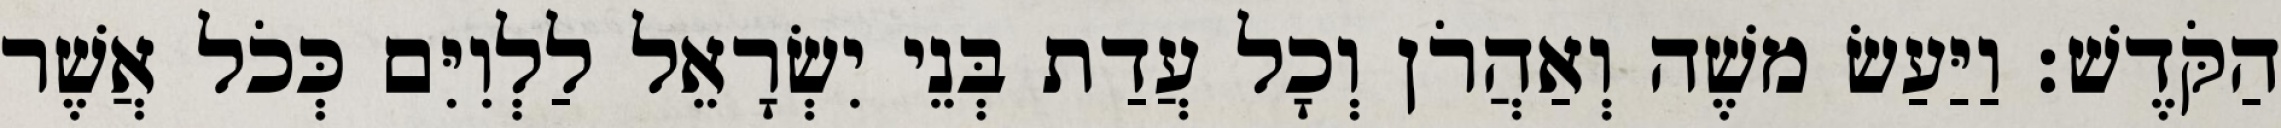
הַקֹּדֶשׁ׃ וַיַּעַשׂ משֶׁה וְאַהֲרֹן וְכָל עֲדַת בְּנֵי יִשְׂרָאֵל לַלְוִיִּם כְּכֹל אֲשֶׁר